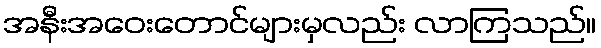
အနီးအဝေးတောင်များမှလည်း လာကြသည်။